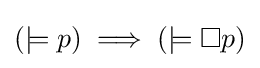
(\models p)\implies (\models \Box p)